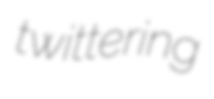
twittering